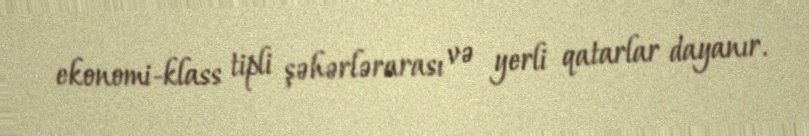
ekonomi-klass tipli şəhərlərarası və yerli qatarlar dayanır.